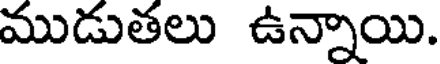
ముడుతలు ఉన్నాయి.